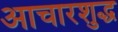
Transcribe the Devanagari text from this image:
आचारशुद्ध